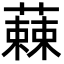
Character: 𮑾